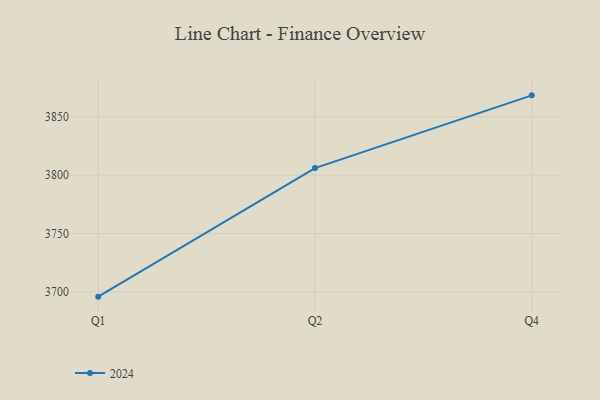
{"axis": {"x": "Quarter", "y": "Page Views"}, "legend": ["2024"], "data": [{"x": "Q1", "y": 3695.9, "type": "2024"}, {"x": "Q2", "y": 3806.0, "type": "2024"}, {"x": "Q4", "y": 3868.3, "type": "2024"}]}